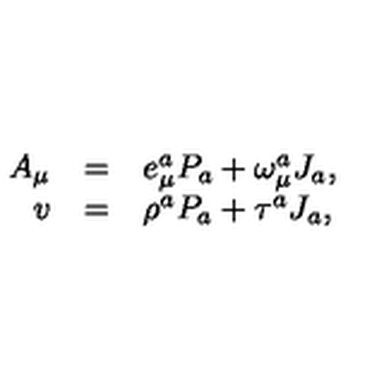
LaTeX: \begin{array} { r c l } { A _ { \mu } } & { = } & { e _ { \mu } ^ { a } P _ { a } + \omega _ { \mu } ^ { a } J _ { a } , } \\ { v } & { = } & { \rho ^ { a } P _ { a } + \tau ^ { a } J _ { a } , } \\ \end{array}